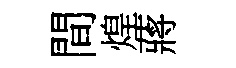
間煌蔣